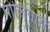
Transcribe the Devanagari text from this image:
पोलिगारों